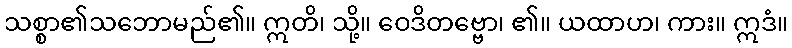
သစ္စာ၏သဘောမည်၏။ ဣတိ၊ သို့။ ဝေဒိတဗ္ဗော၊ ၏။ ယထာဟ၊ ကား။ ဣဒံ။